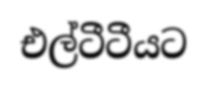
එල්ටීටීයට